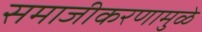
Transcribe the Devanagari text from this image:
समाजीकरणामुळे